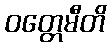
ဝတ္တေမီတိ